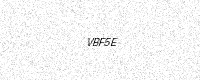
Text: VBF5E